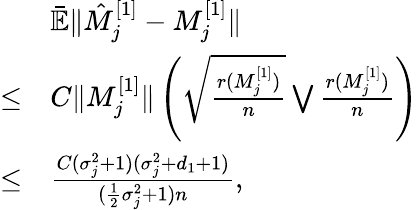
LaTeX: \begin{array}{rl}&{\bar{\mathbb{E}}\| \hat{M}_{j}^{[1]}-M_{j}^{[1]}\| }\\ {\le}&{C\| M_{j}^{[1]}\| \left(\sqrt{\frac{r(M_{j}^{[1]})}{n}}\bigvee\frac{r(M_{j}^{[1]})}{n}\right)}\\ {\le}&{\frac{C(\sigma_{j}^{2}+1)(\sigma_{j}^{2}+d_{1}+1)}{(\frac{1}{2}\sigma_{j}^{2}+1)n},}\end{array}